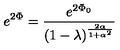
e ^ { 2 \Phi } = { \frac { e ^ { 2 \Phi _ { 0 } } } { ( 1 - \lambda ) ^ { \frac { 2 \alpha } { 1 + \alpha ^ { 2 } } } } }